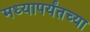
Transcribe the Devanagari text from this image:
मध्यापर्यंतच्या